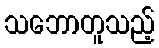
သဘောတူသည့်